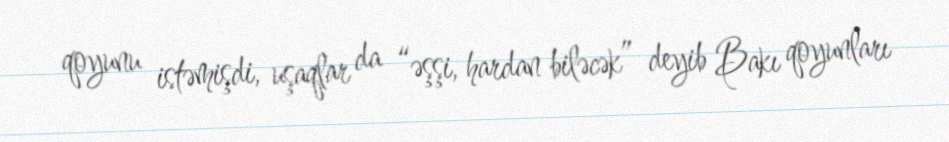
qoyunu istəmişdi, uşaqlar da “əşşi, hardan biləcək” deyib Bakı qoyunları